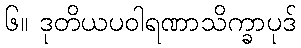
၆။ ဒုတိယပဝါရဏာသိက္ခာပုဒ်